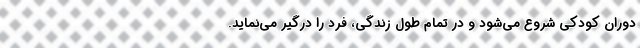
دوران کودکی شروع می‌شود و در تمام طول زندگی، فرد را درگیر می‌نماید.